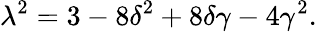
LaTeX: \lambda^{2}={3-8\delta^{2}+8\delta\gamma-4\gamma^{2}}.